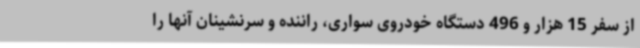
از سفر 15 هزار و 496 دستگاه خودروی سواری، راننده و سرنشینان آنها را